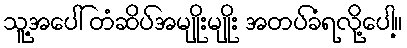
သူ့အပေါ် တံဆိပ်အမျိုးမျိုး အတပ်ခံရလို့ပေါ့။